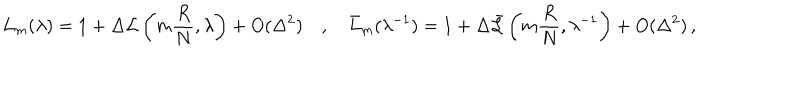
L _ { m } ( \lambda ) = 1 + \Delta { \cal L } \left( m \frac { R } { N } , \lambda \right) + O ( \Delta ^ { 2 } ) \quad , \quad \bar { L } _ { m } ( \lambda ^ { - 1 } ) = 1 + \Delta \bar { \cal L } \left( m \frac { R } { N } , \lambda ^ { - 1 } \right) + O ( \Delta ^ { 2 } ) \, ,